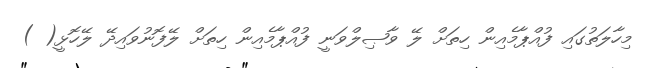
މިހާލަތުގައި ފުއްޕާމެއިން ހިތަށް ލޭ ވާޞިލްވަނީ ފުއްޕާމެއިން ހިތަށް ލޭފޮނުވައިދޭ ލޭހޮޅީ( )